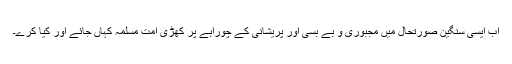
اب ایسی سنگین صورتحال میں مجبوری و بے بسی اور پریشانی کے چوراہے پر کھڑی امتِ مسلمہ کہاں جائے اور کیا کرے۔